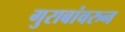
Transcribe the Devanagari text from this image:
गुराबांवरुन